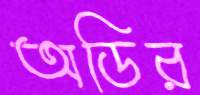
অডির